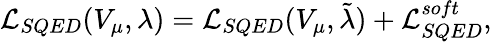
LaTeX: {\cal L}_{SQED}(V_{\mu},\lambda)={\cal L}_{SQED}(V_{\mu},\tilde{\lambda})+{\cal L}_{SQED}^{soft},